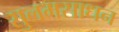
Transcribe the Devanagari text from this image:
सुलमसाधन